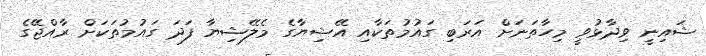
ޝައިނީ ވިދާޅުވީ މިހާތަނަށް އަރަބި ގައުމުތަކާއި އޭޝިޔާގެ މެލޭޝިޔާ ފަދަ ގައުމުތަކަށް ރާއްޖޭގެ